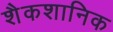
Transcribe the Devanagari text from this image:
शैकशानिक